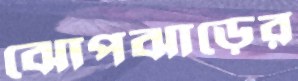
ঝোপঝাড়ের